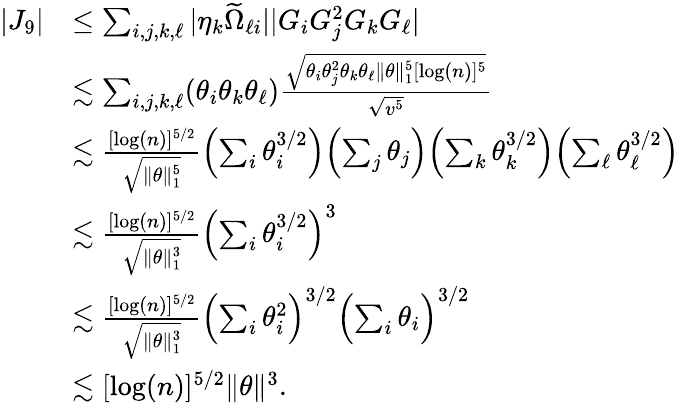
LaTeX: \begin{array}{rl}{|J_{9}|}&{\leq\sum_{i,j,k,\ell}|\eta_{k}\widetilde{\Omega}_{\ell i}||G_{i}G_{j}^{2}G_{k}G_{\ell}|}\\ &{\lesssim\sum_{i,j,k,\ell}(\theta_{i}\theta_{k}\theta_{\ell})\frac{\sqrt{\theta_{i}\theta_{j}^{2}\theta_{k}\theta_{\ell}\| \theta\| _{1}^{5}[\log(n)]^{5}}}{\sqrt{v^{5}}}}\\ &{\lesssim\frac{[\log(n)]^{5/2}}{\sqrt{\| \theta\| _{1}^{5}}}\Bigl(\sum_{i}\theta_{i}^{3/2}\Bigr)\Bigl(\sum_{j}\theta_{j}\Bigr)\Bigl(\sum_{k}\theta_{k}^{3/2}\Bigr)\Bigl(\sum_{\ell}\theta_{\ell}^{3/2}\Bigr)}\\ &{\lesssim\frac{[\log(n)]^{5/2}}{\sqrt{\| \theta\| _{1}^{3}}}\Bigl(\sum_{i}\theta_{i}^{3/2}\Bigr)^{3}}\\ &{\lesssim\frac{[\log(n)]^{5/2}}{\sqrt{\| \theta\| _{1}^{3}}}\Bigl(\sum_{i}\theta_{i}^{2}\Bigr)^{3/2}\Bigl(\sum_{i}\theta_{i}\Bigr)^{3/2}}\\ &{\lesssim[\log(n)]^{5/2}\| \theta\| ^{3}.}\end{array}